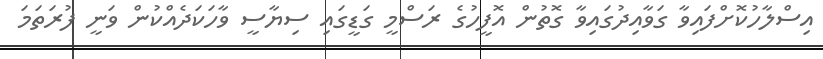
އިސްލާހުކޮށްފައިވާ ގަވާއިދުގައިވާ ގޮތުން އޮފީހުގެ ރަސްމީ ގަޑީގައި ސިޔާސީ ވާހަކަދެއްކުން ވަނީ ފުރަތަމަ